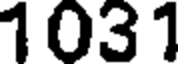
1031